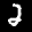
Label: 2